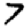
Digit: 7